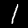
Digit: 1